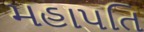
મહાપતિ